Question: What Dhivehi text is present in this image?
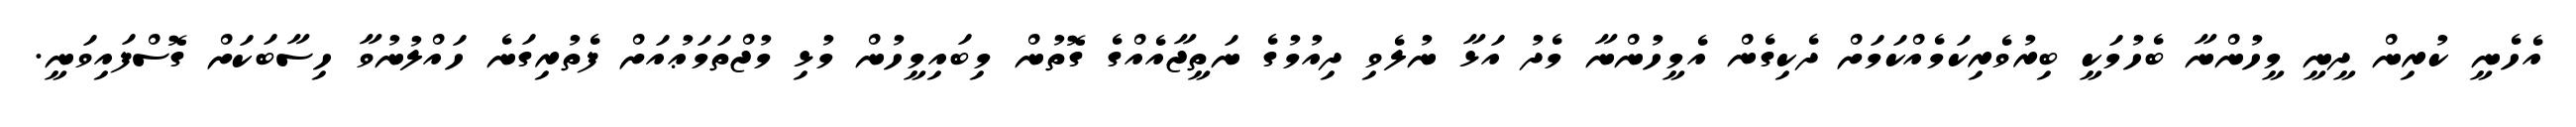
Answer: އެހެނީ ކުރިން ދީނީ މީހުންނާ ބެހުމަކީ ބިރުވެރިކަމެއްކަމަށް ދެކިގެން އެމީހުންނާ މެދު އަޅާ ނުލެވި ދިއުމުގެ ނަތީޖާއެއްގެ ގޮތުން މިބައިމީހުން މުޅި މުޖްތަމަޢުއަށް ފެތުރިގަނެ ހައްލުނުވާ ހިސާބަކަށް ގޮސްފައިވަނީ.